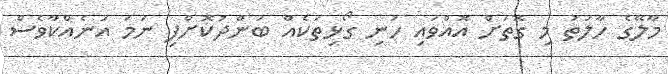
މާލޭގެ ހާލަތު މި ގޮތަށް އޮއްވައި ހަނި ގޯޅިތަކެއް ބަންދުކޮށްފި ނަމަ އަނެއްކާވެސް